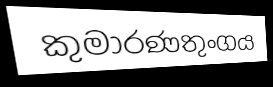
කුමාරණතුංගය